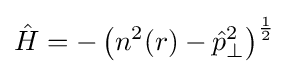
{\hat {H}}=-\left(n^{2}(r)-{\hat {p}}_{\perp }^{2}\right)^{\frac {1}{2}}